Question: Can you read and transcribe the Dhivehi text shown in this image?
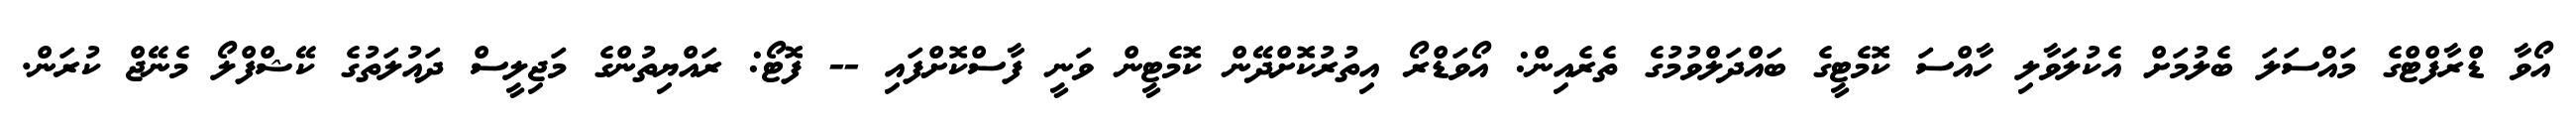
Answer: އޯވާ ޑްރާފްޓްގެ މައްސަލަ ބެލުމަށް އެކުލަވާލި ހާއްސަ ކޮމެޓީގެ ބައްދަލްވުމުގެ ތެރެއިން: އޯވަޑްރޯ އިތުރުކޮށްދޭން ކޮމެޓީން ވަނީ ފާސްކޮށްފައި -- ފޮޓޯ: ރައްޔިތުންގެ މަޖިލީސް ދައުލަތުގެ ކޭޝްފްލޯ މެނޭޖް ކުރަން.